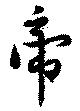
帝